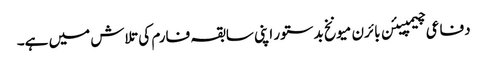
دفاعی چیمپیئن بائرن میونخ بدستور اپنی سابقہ فارم کی تلاش میں ہے۔